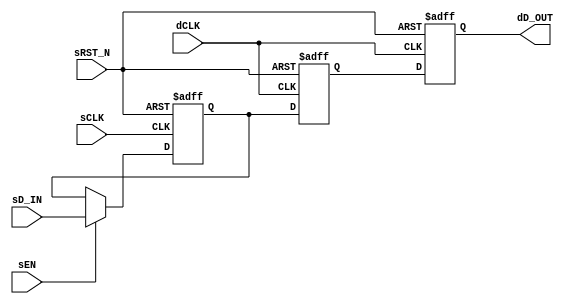

// Copyright (c) 2000-2009 Bluespec, Inc.

// Permission is hereby granted, free of charge, to any person obtaining a copy
// of this software and associated documentation files (the "Software"), to deal
// in the Software without restriction, including without limitation the rights
// to use, copy, modify, merge, publish, distribute, sublicense, and/or sell
// copies of the Software, and to permit persons to whom the Software is
// furnished to do so, subject to the following conditions:

// The above copyright notice and this permission notice shall be included in
// all copies or substantial portions of the Software.

// THE SOFTWARE IS PROVIDED "AS IS", WITHOUT WARRANTY OF ANY KIND, EXPRESS OR
// IMPLIED, INCLUDING BUT NOT LIMITED TO THE WARRANTIES OF MERCHANTABILITY,
// FITNESS FOR A PARTICULAR PURPOSE AND NONINFRINGEMENT. IN NO EVENT SHALL THE
// AUTHORS OR COPYRIGHT HOLDERS BE LIABLE FOR ANY CLAIM, DAMAGES OR OTHER
// LIABILITY, WHETHER IN AN ACTION OF CONTRACT, TORT OR OTHERWISE, ARISING FROM,
// OUT OF OR IN CONNECTION WITH THE SOFTWARE OR THE USE OR OTHER DEALINGS IN
// THE SOFTWARE.
//
// $Revision: 17872 $
// $Date: 2009-09-18 14:32:56 +0000 (Fri, 18 Sep 2009) $

`ifdef BSV_ASSIGNMENT_DELAY
`else
`define BSV_ASSIGNMENT_DELAY
`endif


// A one bit data synchronization module, where data is synchronized
// by passing through 2 registers of the destination clock where the first
// register is triggered on the negative edge
module SyncBit15 (
                sCLK,
                sRST_N,
                dCLK,
                sEN,
                sD_IN,
                dD_OUT
                );
   parameter init = 1'b0;       // initial value for all registers
   
   
   // Signals on source clock (sCLK)
   input     sCLK;
   input     sRST_N;
   input     sEN;
   input     sD_IN;
   
   // Signals on destination clock (dCLK)
   input     dCLK;
   output    dD_OUT;
   
   reg       sSyncReg;
   reg       dSyncReg1, dSyncReg2;
   
   assign    dD_OUT = dSyncReg2 ;

   always @(posedge sCLK or negedge sRST_N)
      begin
         if (sRST_N ==0)
            begin
               sSyncReg <= `BSV_ASSIGNMENT_DELAY init ;
               end
         else begin
            if ( sEN )
              begin
                 sSyncReg <= `BSV_ASSIGNMENT_DELAY sD_IN ;
              end // if ( sEN )
         end // else: !if(sRST_N ==0)
      end // always @ (posedge sCLK or negedge sRST_N)
   
   always @(negedge dCLK or negedge sRST_N)
      begin
         if (sRST_N == 0)
            begin
               dSyncReg1 <= `BSV_ASSIGNMENT_DELAY init ;
            end // if (sRST_N == 0)
         else
           begin
              dSyncReg1 <= `BSV_ASSIGNMENT_DELAY sSyncReg ; // clock domain crossing
           end // else: !if(sRST_N == 0)
      end // always @ (negedge dCLK or negedge sRST_N)


   always @(posedge dCLK or negedge sRST_N)
      begin
         if (sRST_N == 0)
            begin
               dSyncReg2 <= `BSV_ASSIGNMENT_DELAY init ;
            end // if (sRST_N == 0)
         else
           begin
              dSyncReg2 <= `BSV_ASSIGNMENT_DELAY dSyncReg1 ;
           end // else: !if(sRST_N == 0)
      end // always @ (posedge dCLK or negedge sRST_N)

   
`ifdef BSV_NO_INITIAL_BLOCKS
`else // not BSV_NO_INITIAL_BLOCKS
   // synopsys translate_off  
   initial
      begin
         sSyncReg  = init ;
         dSyncReg1 = init ;
         dSyncReg2 = init ;
      end // initial begin
   // synopsys translate_on
`endif // BSV_NO_INITIAL_BLOCKS

endmodule // BitSync